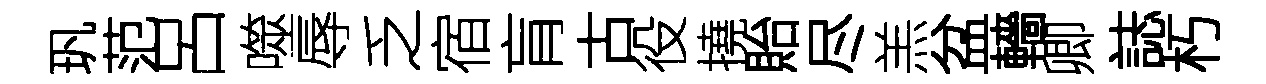
㺬范呂噬辱乏宿肓古役撓貽尽羔盆轖卿誌朽